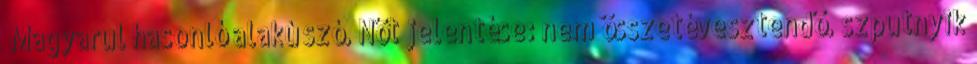
„Magyarul hasonló alakú szó. Nöt jelentése: nem összetévesztendő. szputnyik